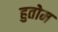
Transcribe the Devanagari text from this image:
हुतोम